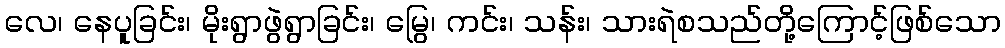
လေ၊ နေပူခြင်း၊ မိုးရွာဖွဲရွာခြင်း၊ မြွေ၊ ကင်း၊ သန်း၊ သားရဲစသည်တို့ကြောင့်ဖြစ်သော